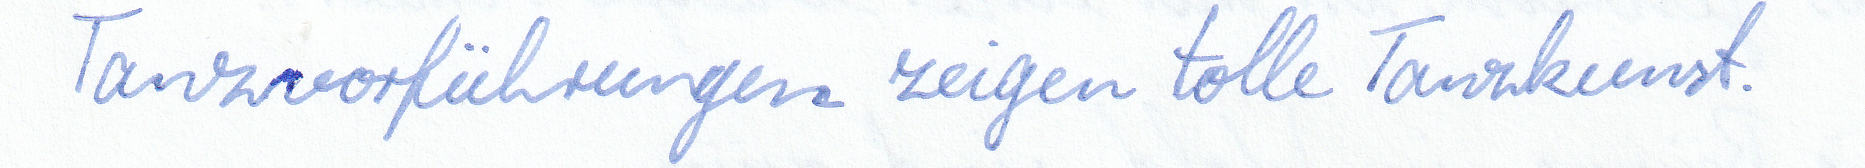
Tanzvorführungen zeigen tolle Tanzkunst.